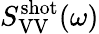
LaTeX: S_{\mathrm{VV}}^{\mathrm{shot}}(\omega)